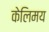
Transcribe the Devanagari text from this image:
केलिमय